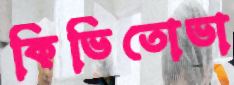
কিভিতোভা